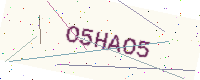
Text: O5HAO5